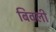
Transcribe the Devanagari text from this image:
बिवली